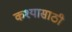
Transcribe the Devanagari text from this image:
कश्यासाठी